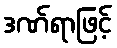
ဒဏ်ရာဖြင့်